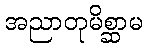
အညာတုမိစ္ဆာမ